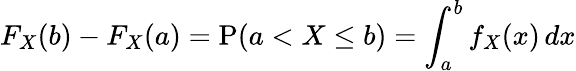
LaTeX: F_{X}(b)-F_{X}(a)=\operatorname{P}(a<X\leq b)=\int_{a}^{b}f_{X}(x)\, dx